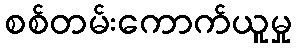
စစ်တမ်းကောက်ယူမှု